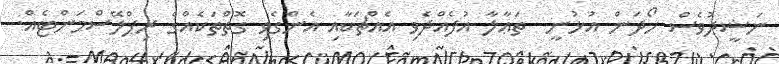
ނަޝީދުވެސް ހޯދަން އުޅުނީ  ތަޢާލާ އުފެއްދެވި އެއްޗަކާއި އެންގެވި ގޮތްތަކެއްގެ ރިޕްލޭސްމަންޓެއް.